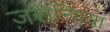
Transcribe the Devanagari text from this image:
ज़रान्गिया